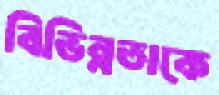
বিভিন্নতাকে